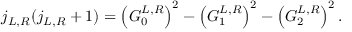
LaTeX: j _ { L , R } ( j _ { L , R } + 1 ) = \left( G _ { 0 } ^ { L , R } \right) ^ { 2 } - \left( G _ { 1 } ^ { L , R } \right) ^ { 2 } - \left( G _ { 2 } ^ { L , R } \right) ^ { 2 } .